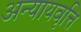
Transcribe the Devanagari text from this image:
अन्यायवृत्ति